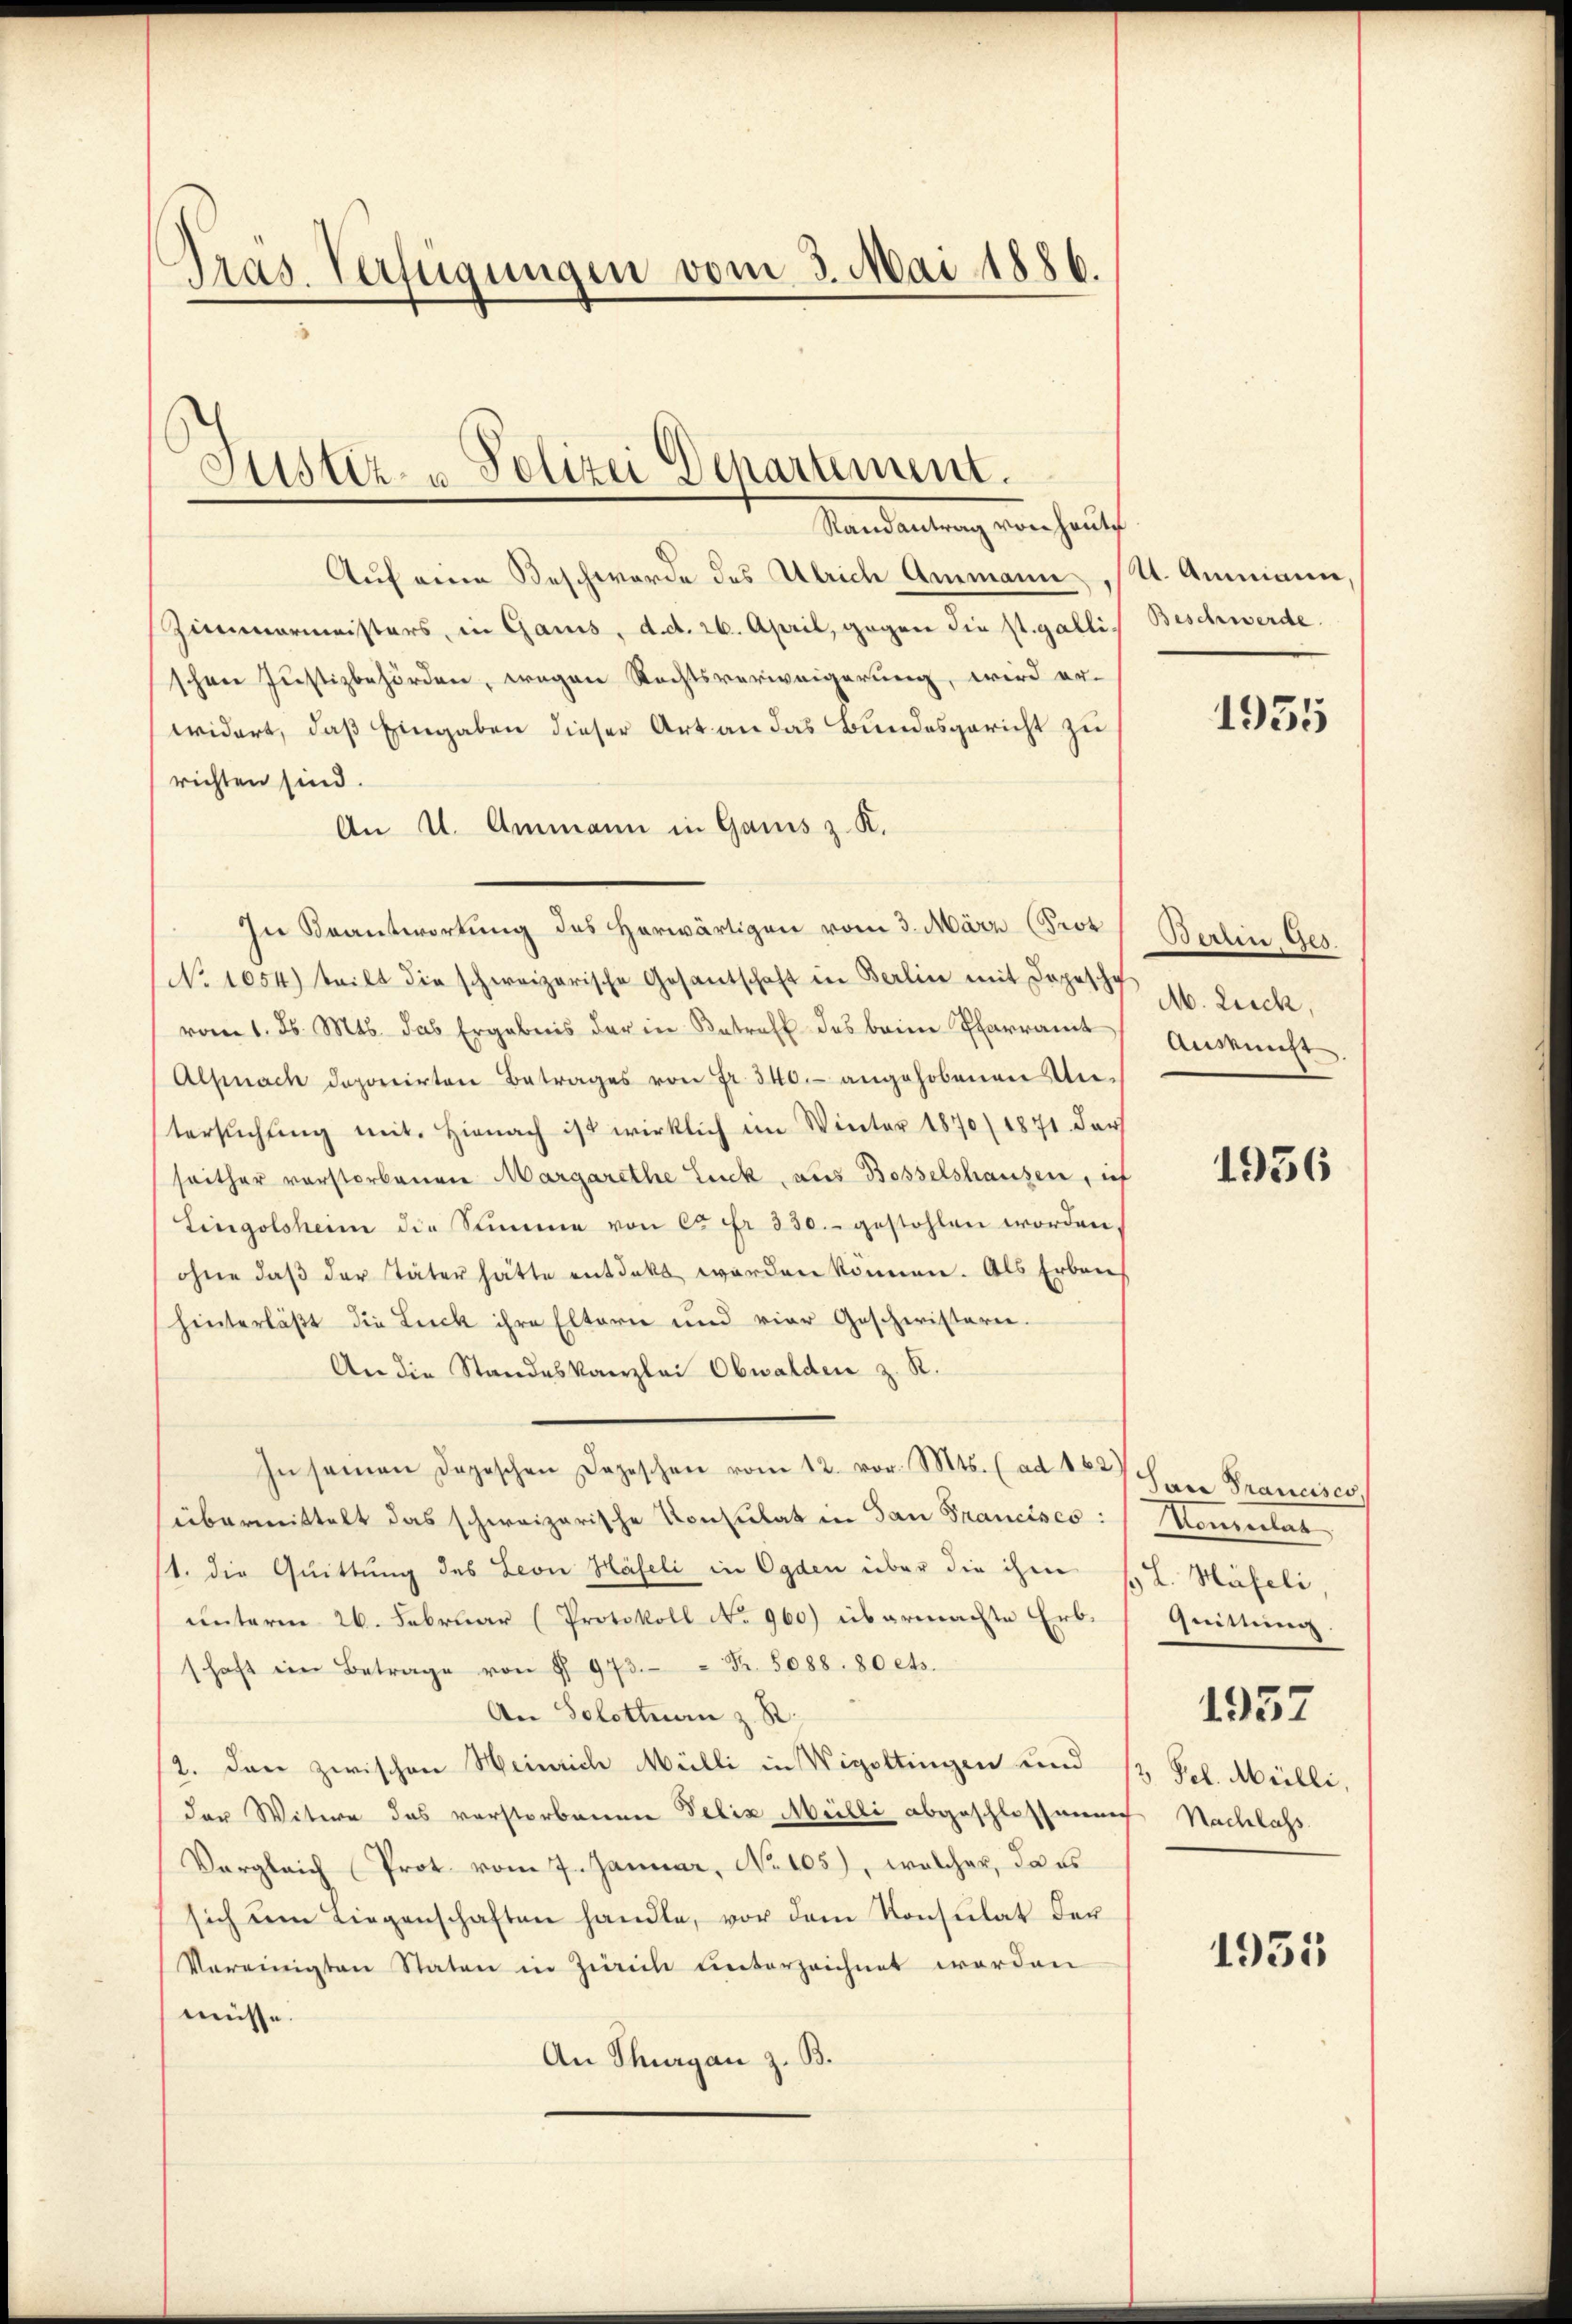
Präs. Verfügungen vom 3. Mai 1886.

Justiz- u. Polizei Deparament.
Vandantung von auf

Auf eine Beschwerde des Ulrich Ammann
Zimmermeisters, in Gauis, d. d. 26. April, gegen die st. gallischen Justizbehörden, wegen Rechtsverweigerung, wird er-
widert, daß Eingaben dieser Art an das Bundesgericht zu
richten sind.
An U. Ammann in Ganis z. K.
In Beantwortung des herwärtigen vom 3. März (Prot
No 1054) teilt die schweizerische Gesandschaft in Berlin mit Jopet Ab. Lisch,
vom 1. Js. Mts. das Ergebnis der in Betreff des beim Pfarramt
Alpnach deponirten Betrages von Fr. 340.- angehobenen An-
tersŭchŭng mit. Hienach ist wirklich im Winter 1870/1871. darf
seither vorstorbenen Margarethe Luck, aus Bosselshausen, ich
Lingolsheim die Summe von ca Fr. 330.- gestohlen worden,
ohne daβ der Täter hätte entdekt worden können. Als Erbaus
hinterläβt die Luck ihre Eltern und vier Geschwistern.
An die Standeskanzlei Obwalden z. R.
In seinen Dopischen Depeschen vom 12. vor. Mts. (ad 162 Vare Pranciser
übermittelt das schweizerische Konsulat in San Francises:
1. die Quittung des Leon Häfeli in Ogden über die ihm
unterm 26. Februar (Protokoll No 960) übermachte Erb-
schaft ein Betrage von § 973. " Fr. 5088. 80 ets.
An Solottan z. R.
2. Dann zwischen Heinrich Mülli in Wigoltingen und
der Witwe das verstorbenen Velix Mülli abgeschlossenen Nachlass
Vergleich (Prot vom 7. Januar, No 105), welcher, da es
sich um Liegenschaften handle, vor dem Konsulat der
Vereinigten Staten in Zürich unterzeichnet worden
müsse
An Thurgau z. B.

U. Ammann
Beschwerde.

1935

Barrin als
Ansicht

1936

Konsulat
s L. Näfeli,
Quittung.
1957
12 Pel. Milli,

1933